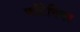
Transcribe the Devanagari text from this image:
फोंटेनियर